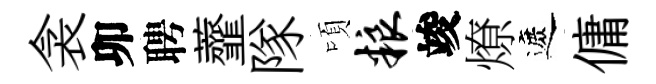
衾卯聘虀隊頃粮竣燎遮傭